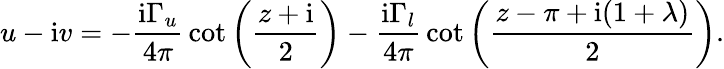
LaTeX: u-\mathrm{i}v=-{\frac{\mathrm{i}\Gamma_{u}}{4\pi}}\cot\left({\frac{z+\mathrm{i}}{2}}\right)-{\frac{\mathrm{i}\Gamma_{l}}{4\pi}}\cot\left({\frac{z-\pi+\mathrm{i}(1+\lambda)}{2}}\right).